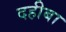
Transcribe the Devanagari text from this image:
दहीबा